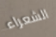
الشعراء